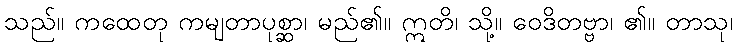
သည်။ ကထေတု ကမျတာပုစ္ဆာ၊ မည်၏။ ဣတိ၊ သို့။ ဝေဒိတဗ္ဗာ၊ ၏။ တာသု၊